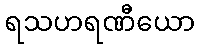
ရသဟရဏီယော